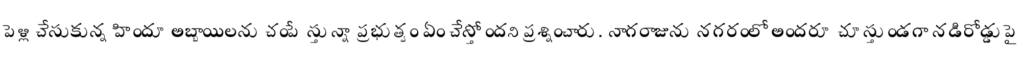
పెళ్లి చేసుకున్న హిందూ అబ్బాయిలను చంపేస్తున్నా ప్రభుత్వం ఏం చేస్తోందని ప్రశ్నించారు. నాగరాజును నగరంలో అందరూ చూస్తుండగా నడిరోడ్డుపై